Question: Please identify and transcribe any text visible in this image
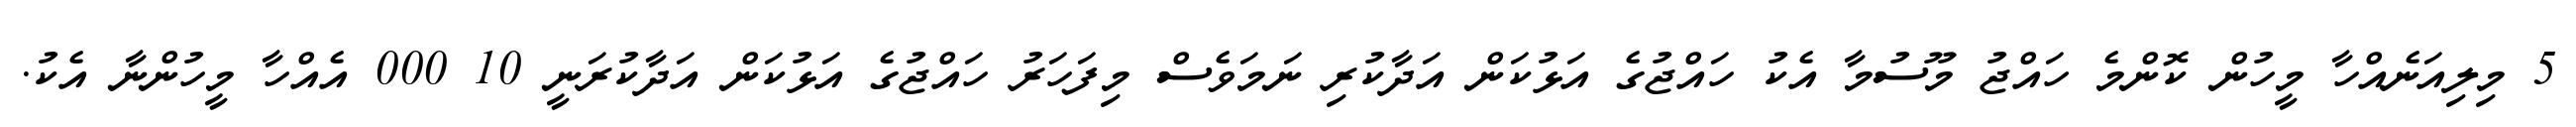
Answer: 5 މިލިއަނެއްހާ މީހުން ކޮންމެ ހައްޖު މޫސުމާ އެކު ހައްޖުގެ އަޅުކަން އަދާކުރި ނަމަވެސް މިފަހަރު ހައްޖުގެ އަޅުކަން އަދާކުރަނީ 10 000 އެއްހާ މީހުންނާ އެކު.